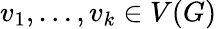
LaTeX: v_{1},\ldots,v_{k}\in V(G)